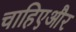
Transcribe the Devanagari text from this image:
चाहिएऔर